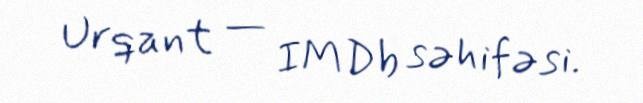
Urqant — IMDb səhifəsi.